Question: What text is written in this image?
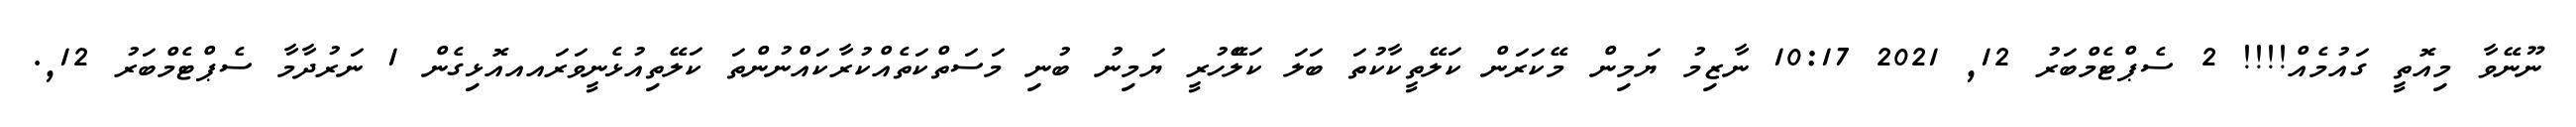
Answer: ނޫނޭވާ މިއޮތީ ގައުމެއް!!!! 2 ސެޕްޓެމްބަރު 12, 2021 10:17 ނާޒިމު ޔަމިން މޭކަރަން ކަލޭތީކާކުތަ ބަލަ ކަލެޭހުރީ ޔަމިނު ބުނި މަސަތްކަތެއްކުރާކައްނުންތަ ކަލޭތިއުޅެނީވަރައއއޮޅިގެން 1 ނަރުދާމާ ސެޕްޓެމްބަރު 12,.